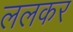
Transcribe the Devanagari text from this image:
ललकर